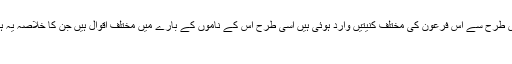
جس طرح سے اس فرعون کی مختلف کنیتیں وارد ہوئی ہیں اسی طرح اس کے ناموں کے بارے میں مختلف اقوال ہیں جن کا خلاصہ یہ ہے:
۱۔